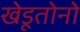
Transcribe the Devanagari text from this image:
खेडूतोनो